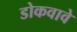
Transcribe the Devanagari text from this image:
डोकवावे